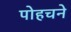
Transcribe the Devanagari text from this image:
पोहचने